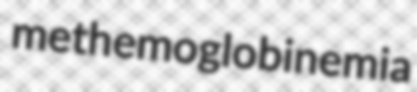
methemoglobinemia